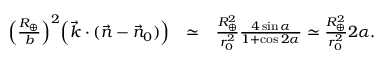
\begin{array} { r l r } { \Big ( \frac { R _ { \oplus } } { b } \Big ) ^ { 2 } \Big ( { \vec { k } } \cdot ( { \vec { n } } - { \vec { n } } _ { 0 } ) \Big ) } & { \simeq } & { \frac { R _ { \oplus } ^ { 2 } } { r _ { 0 } ^ { 2 } } \frac { 4 \sin \alpha } { 1 + \cos 2 \alpha } \simeq \frac { R _ { \oplus } ^ { 2 } } { r _ { 0 } ^ { 2 } } 2 \alpha . } \end{array}